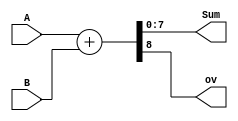
`timescale 1ns / 1ps
//////////////////////////////////////////////////////////////////////////////////
// Company: 
// Engineer: 
// 
// Design Name: 
// Module Name:    Adder 
// Project Name: 
// Target Devices: 
// Tool versions: 
// Description: 
//
// Dependencies: 
//
// Revision: 
// Revision 0.01 - File Created
// Additional Comments: 
//
//////////////////////////////////////////////////////////////////////////////////
module Adder(
    input [7:0] A,
    input [7:0] B,
    output [7:0] Sum,
    output ov
    );

	reg[8:0] tempSum;
	reg tempOv;
	
	always @(*)
	begin
		tempSum = A + B;
		tempOv = tempSum[8];
	end

	assign Sum = tempSum[7:0];
	assign ov = tempOv;

endmodule